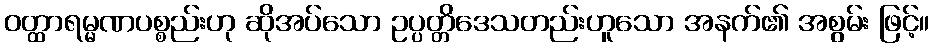
ဝတ္ထာရမ္မဏပစ္စည်းဟု ဆိုအပ်သော ဥပ္ပတ္တိဒေသတည်းဟူသော အနက်၏ အစွမ်း ဖြင့်။